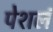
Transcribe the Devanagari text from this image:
पेशलं